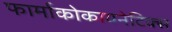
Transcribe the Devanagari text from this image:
फार्माकोकायनेटिक्स